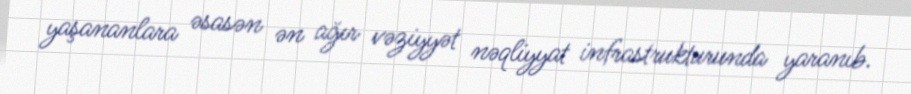
yaşananlara əsasən ən ağır vəziyyət nəqliyyat infrastrukturunda yaranıb.